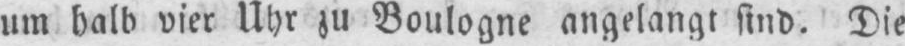
um halb vier Uhr zu Boulogne angelangt sind. Die